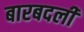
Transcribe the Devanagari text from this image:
बारबदली